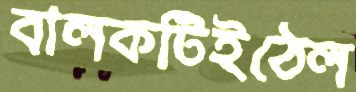
বালকটিইঠেল